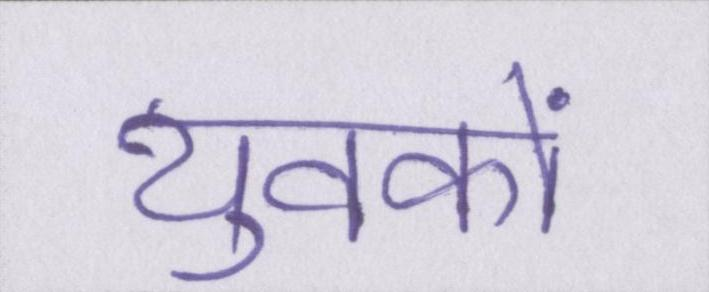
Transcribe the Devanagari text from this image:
युवकों